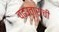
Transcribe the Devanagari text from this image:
चढउताराची